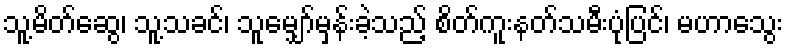
သူ့မိတ်ဆွေ၊ သူ့သခင်၊ သူမျှော်မှန်းခဲ့သည့် စိတ်ကူးနတ်သမီးပုံပြင်၊ မဟာသွေး